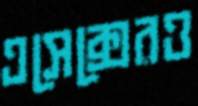
এসেক্সেরও